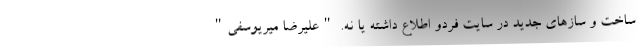
ساخت و سازهای جدید در سایت فردو اطلاع داشته یا نه. "علیرضا میریوسفی"